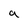
Character: a